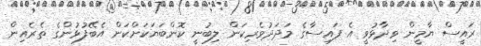
ރައީސް ޔާމީން ވިދާޅުވީ އެ ފައިސާގެ މަދަދުވެރިކަން ލިބުނީ ކޮންބަޔަކަށްކަން އެބޭފުޅުންގެ ތެރެއިން